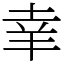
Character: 𦍒